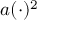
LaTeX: a ( \cdot ) ^ { 2 }